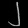
Digit: ၂